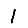
Digit: 1